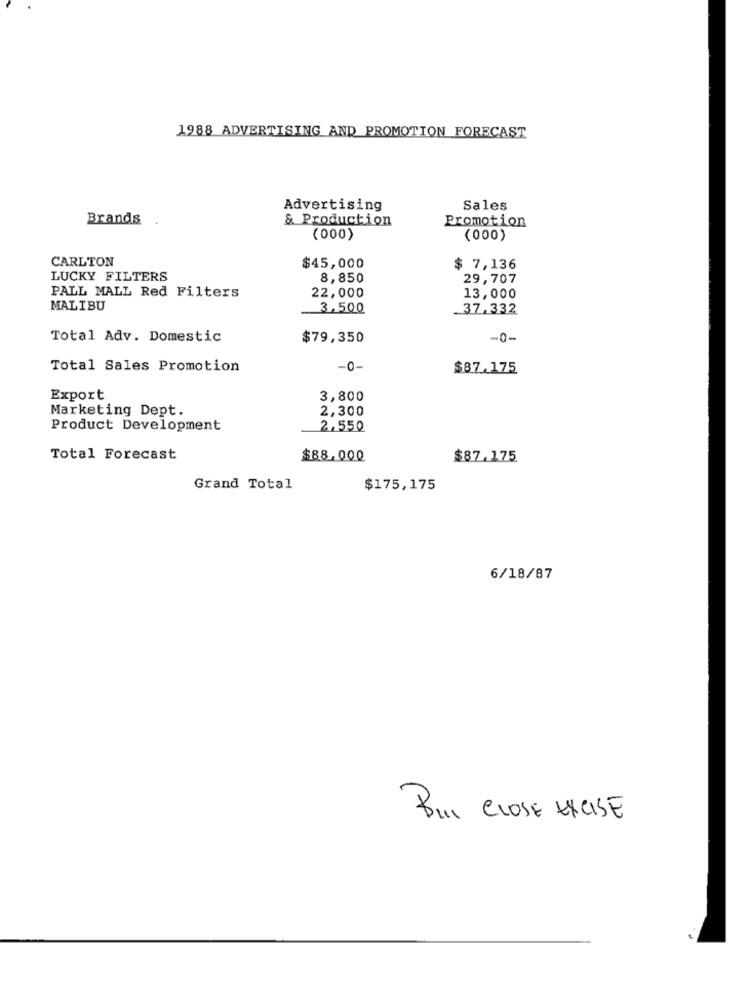
1988 ADVERTISING AND PROMOTION FORECAST
Advertising
Sales
Brands
& Production
Promotion
(000)
(000)
CARLTON
$45,000
$ 7,136
LUCKY FILTERS
8,850
29,707
PALL MALL Red Filters
22,000
13,000
MALIBU
3,500
37.332
Total Adv. Domestic
$79,350
-0-
Total Sales Promotion
-0-
$87.175
Export
3,800
Marketing Dept.
2,300
Product Development
2,550
Total Forecast
$88,000
$87.175
Grand Total
$175,175
6/18/87
BUI CLOSE EXCISE